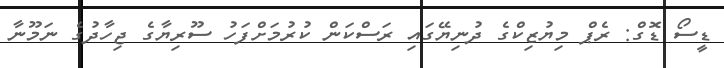
ޑީސޯ ޑޮގް: ރެޕް މިޔުޒިކްގެ ދުނިޔޭގައި ރަސްކަން ކުރުމަށްފަހު ސޫރިޔާގެ ޖިހާދުގެ ނަމޫނާ